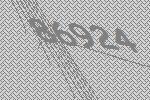
86924